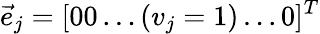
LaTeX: {\vec{e}}_{j}=[00\ldots(v_{j}=1)\ldots 0]^{T}